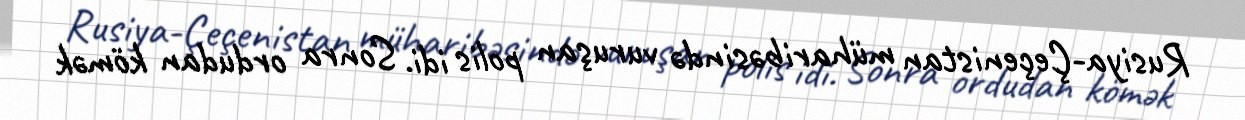
Rusiya-Çeçenistan müharibəsində vuruşan polis idi. Sonra ordudan kömək